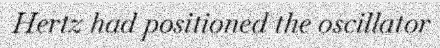
Hertz had positioned the oscillator